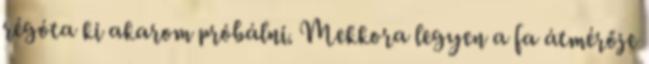
régóta ki akarom próbálni. Mekkora legyen a fa átmérője